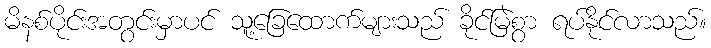
မိနစ်ပိုင်းအတွင်းမှာပင် သူ့ခြေထောက်များသည် ခိုင်မြဲစွာ ရပ်နိုင်လာသည်။